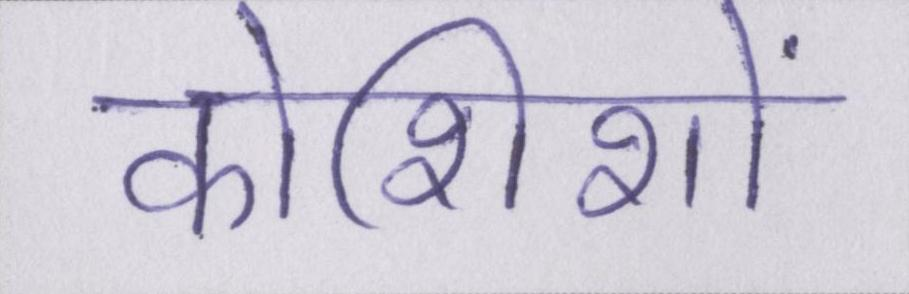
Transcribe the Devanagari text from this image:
कोशिशों